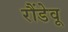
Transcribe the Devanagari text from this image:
रौंडेवू